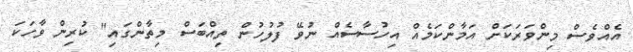
އެއްވެސް މިންވަރަކަށް އަމާންކަމެއް އިހުސާސެއް ނުވޭ ފުލުހުން ތިއްބަސް މިތާންގައި" ކުރިން ވާހަކަ